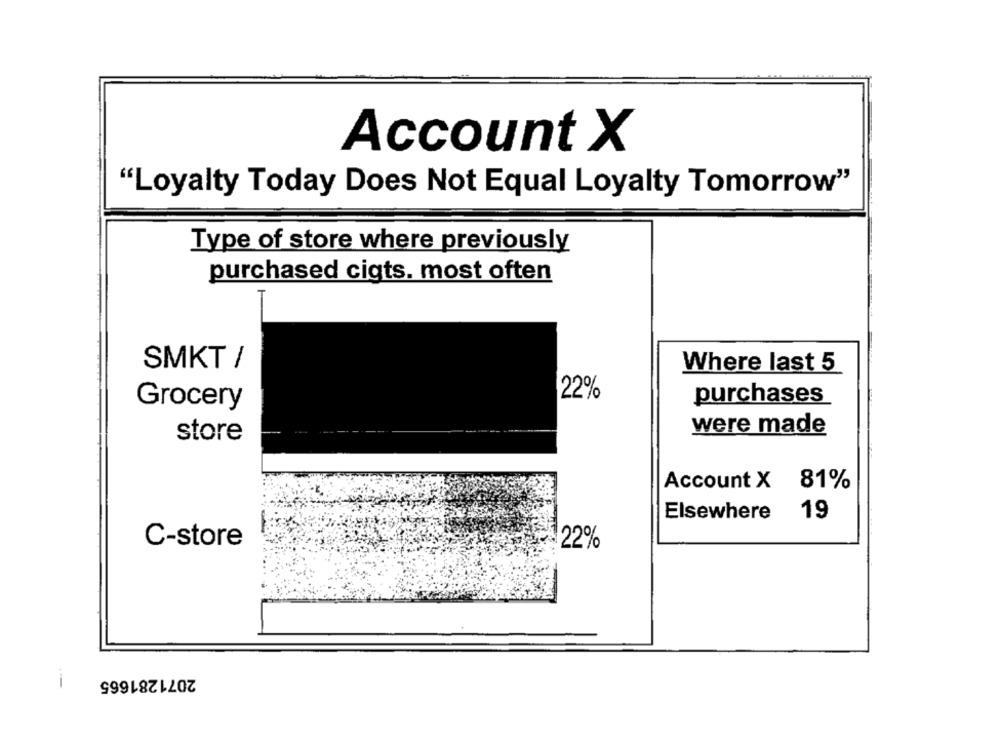
Account X
"Loyalty Today Does Not Equal Loyalty Tomorrow"
Type of store where previously
purchased cigts. most often
T
SMKT /
Where last 5
22%
purchases
Grocery
were made
store
Account X 81%
Elsewhere
19
C-store
22%
2071281665